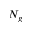
N _ { g }